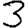
Digit: 3